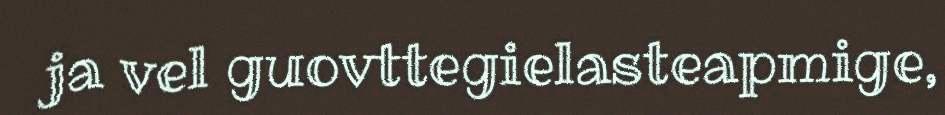
ja vel guovttegielasteapmige,